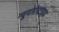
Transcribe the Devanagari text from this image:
न्यूरोपेप्टाइड